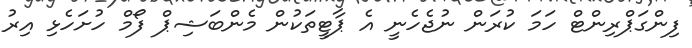
ފިންގަޕްރިންޓް ހަމަ ކުރަން ނުޖެހެނީ އެ ޕާޓީތަކުން މެންބަޝިޕް ފޯމް ހުށަހެޅި އިރު